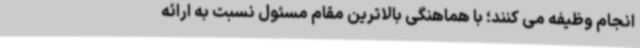
انجام وظیفه می کنند؛ با هماهنگی بالاترین مقام مسئول نسبت به ارائه